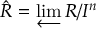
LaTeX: { \hat { R } } = \varprojlim R / I ^ { n }